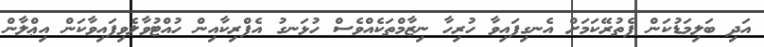
އަދި ބަލިމަޑުކަން ފެތުރޭކަމަށް އެނގިފައިވާ ހުރިހާ ނިޒާމްތަކެއްވެސް ހުޅަނގު އެފްރިކާއިން ހުއްޓުވާލެވިފައިވާކަން އިޢްލާން